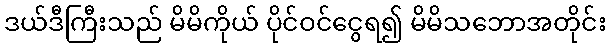
ဒယ်ဒီကြီးသည် မိမိကိုယ် ပိုင်ဝင်ငွေရ၍ မိမိသဘောအတိုင်း